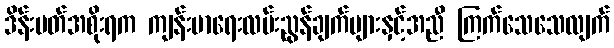
ဒိန်းမတ်အစိုးရက ကျန်းမာရေးလမ်းညွန်ချက်များနှင့်အညီ ကြက်သေသေလျက်